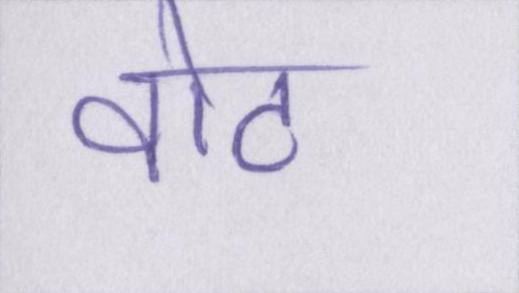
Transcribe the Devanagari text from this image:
वोट